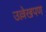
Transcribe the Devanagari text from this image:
उल्लेखपण